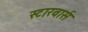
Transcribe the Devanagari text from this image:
स्टारवार्स